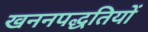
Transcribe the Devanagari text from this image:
खननपद्धतियों